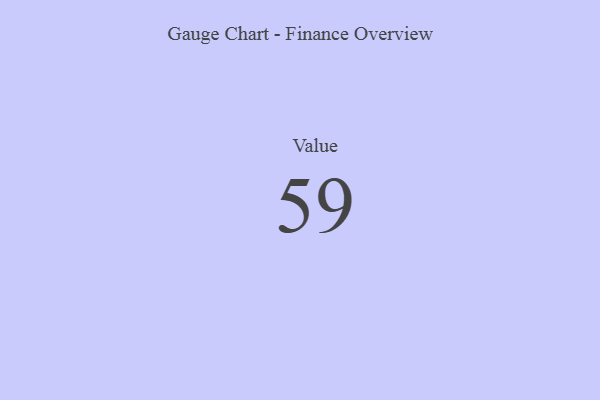
{"axis": {"x": "Metric", "y": "Value"}, "legend": [""], "data": [{"x": "Value", "y": 59, "type": ""}]}